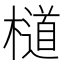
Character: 檤